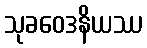
သုခဝေဒနိယဿ